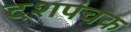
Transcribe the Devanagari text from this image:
दशपंचक